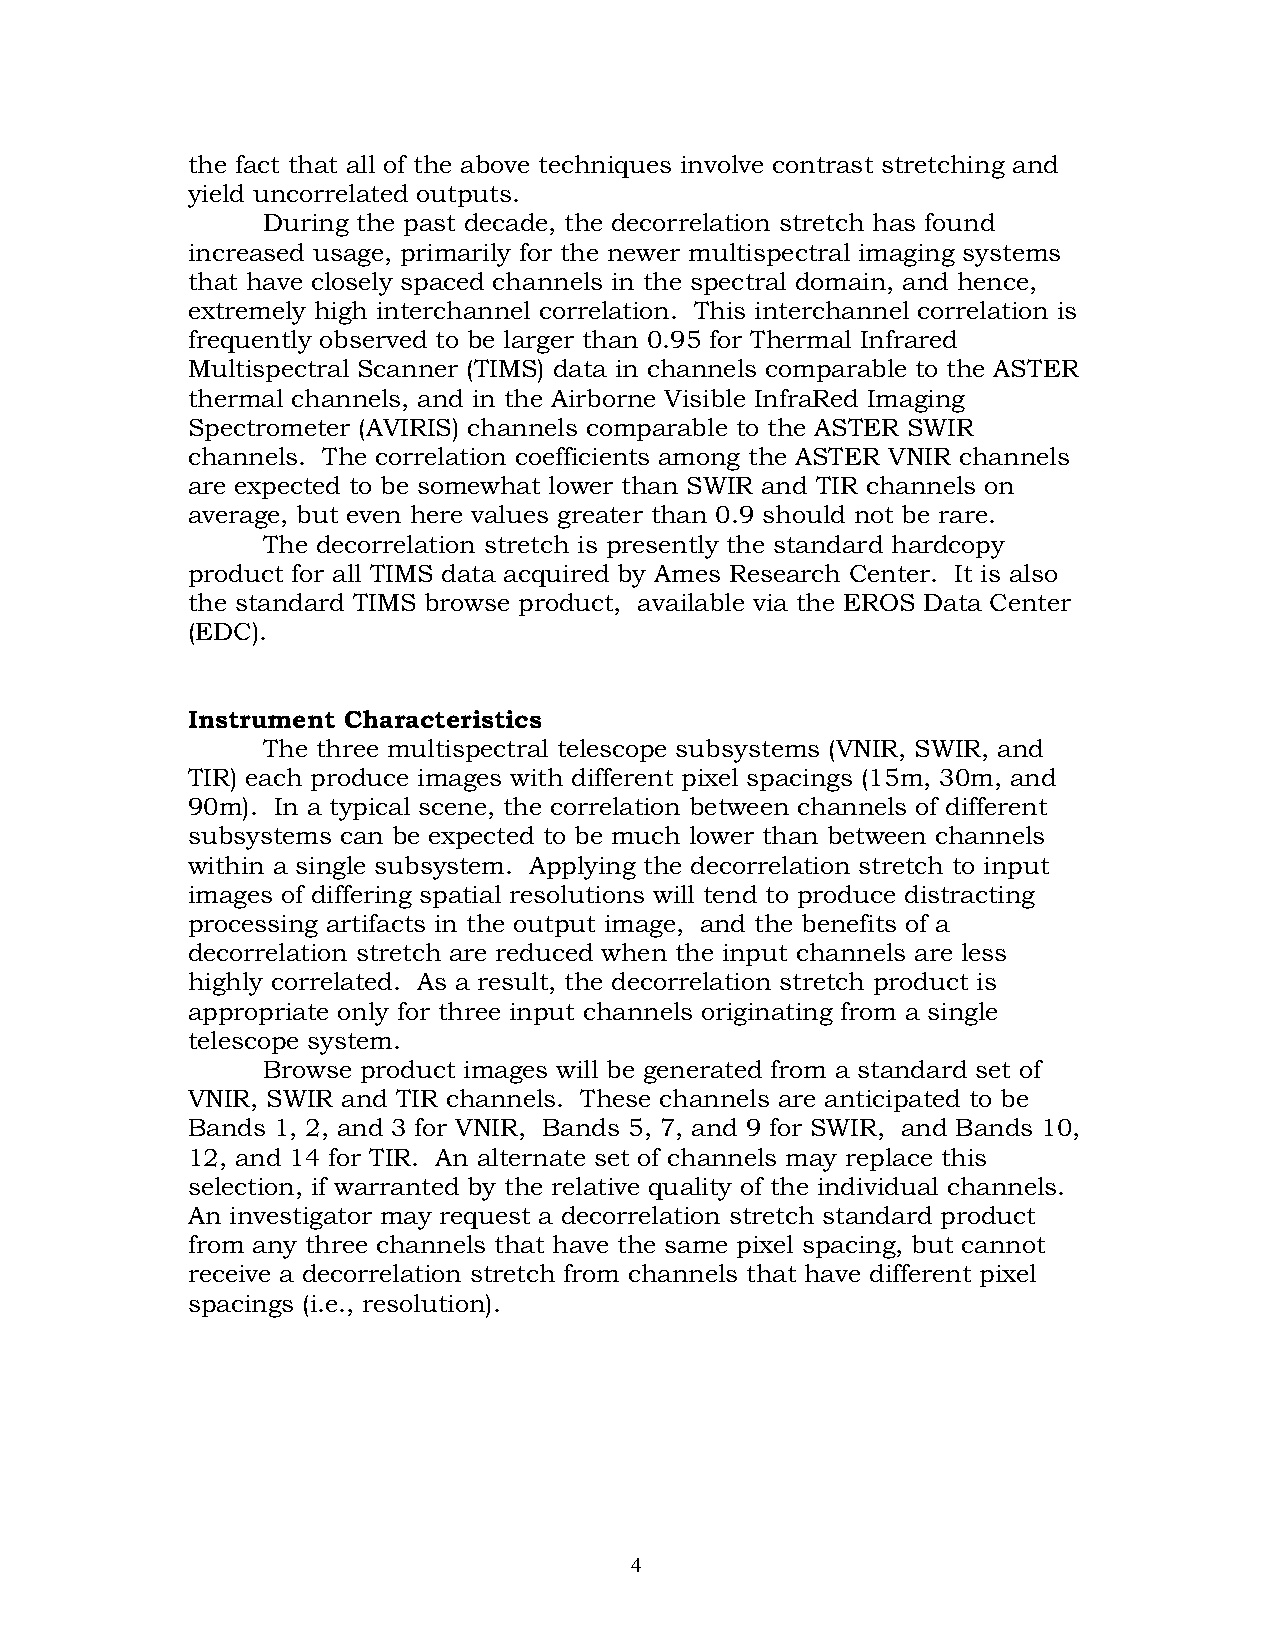
the fact that all of the above techniques involve contrast stretching and
 yield uncorrelated outputs.
 During the past decade, the decorrelation stretch has found
 increased usage, primarily for the newer multispectral imaging systems
 that have closely spaced channels in the spectral domain, and hence,
 extremely high interchannel correlation. This interchannel correlation is
 frequently observed to be larger than 0.95 for Thermal Infrared
 Multispectral Scanner (TIMS) data in channels comparable to the ASTER
 thermal channels, and in the Airborne Visible InfraRed Imaging
 Spectrometer (AVIRIS) channels comparable to the ASTER SWIR
 channels. The correlation coefficients among the ASTER VNIR channels
 are expected to be somewhat lower than SWIR and TIR channels on
 average, but even here values greater than 0.9 should not be rare.
 The decorrelation stretch is presently the standard hardcopy
 product for all TIMS data acquired by Ames Research Center. It is also
 the standard TIMS browse product, available via the EROS Data Center
 (EDC).
 Instrument Characteristics
 The three multispectral telescope subsystems (VNIR, SWIR, and
 TIR) each produce images with different pixel spacings (15m, 30m, and
 90m). In a typical scene, the correlation between channels of different
 subsystems can be expected to be much lower than between channels
 within a single subsystem. Applying the decorrelation stretch to input
 images of differing spatial resolutions will tend to produce distracting
 processing artifacts in the output image, and the benefits of a
 decorrelation stretch are reduced when the input channels are less
 highly correlated. As a result, the decorrelation stretch product is
 appropriate only for three input channels originating from a single
 telescope system.
 Browse product images will be generated from a standard set of
 VNIR, SWIR and TIR channels. These channels are anticipated to be
 Bands 1, 2, and 3 for VNIR, Bands 5, 7, and 9 for SWIR, and Bands 10,
 12, and 14 for TIR. An alternate set of channels may replace this
 selection, if warranted by the relative quality of the individual channels.
 An investigator may request a decorrelation stretch standard product
 from any three channels that have the same pixel spacing, but cannot
 receive a decorrelation stretch from channels that have different pixel
 spacings (i.e., resolution).
 4